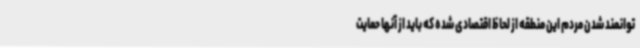
توانمند شدن مردم این منطقه از لحاظ اقتصادی شده که باید از آنها حمایت